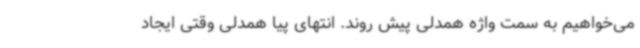
می‌خواهیم به سمت واژه همدلی پیش روند. انتهای پیا همدلی وقتی ایجاد